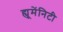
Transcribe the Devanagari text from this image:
ह्यूमेंनिटी